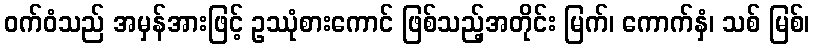
ဝက်ဝံသည် အမှန်အားဖြင့် ဥဿုံစားကောင် ဖြစ်သည့်အတိုင်း မြက်၊ ကောက်နှံ၊ သစ် မြစ်၊